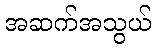
အဆက်အသွယ်